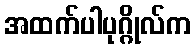
အထက်ပါပုဂ္ဂိုလ်က